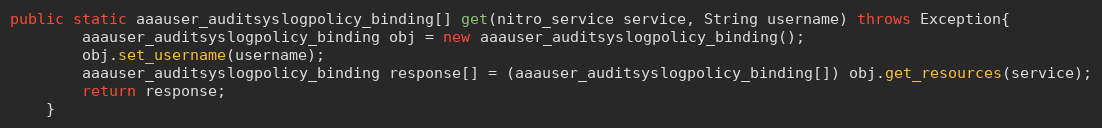
Language: Java
public static aaauser_auditsyslogpolicy_binding[] get(nitro_service service, String username) throws Exception{
		aaauser_auditsyslogpolicy_binding obj = new aaauser_auditsyslogpolicy_binding();
		obj.set_username(username);
		aaauser_auditsyslogpolicy_binding response[] = (aaauser_auditsyslogpolicy_binding[]) obj.get_resources(service);
		return response;
	}